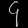
Digit: ၄